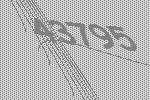
43795